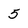
Character: 5